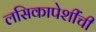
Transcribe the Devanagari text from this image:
लसिकापेशींची